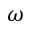
\omega